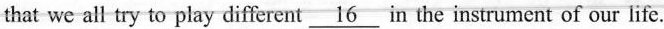
that we all try to play different \underline{16} in the instrument of our life.